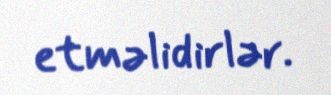
etməlidirlər.